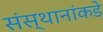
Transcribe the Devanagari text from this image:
संस्थानांकडे